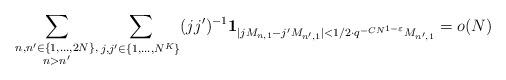
LaTeX: \begin{align*} \sum_{\substack{n,n'\in\{1,\ldots,2N\},\\ n>n'}}\sum_{j,j'\in\{1,\ldots,N^K\}}(jj')^{-1}\mathbf{1}_{|jM_{n,1}-j'M_{n',1}|<1/2\cdot q^{-CN^{1-\varepsilon}}M_{n',1}}=o(N)\end{align*}